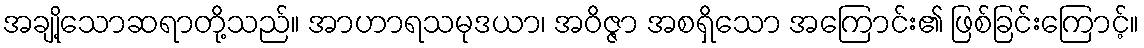
အချို့သောဆရာတို့သည်။ အာဟာရသမုဒယာ၊ အဝိဇ္ဇာ အစရှိသော အကြောင်း၏ ဖြစ်ခြင်းကြောင့်။